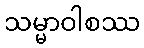
သမ္မာဝါစဿ